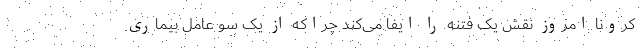
کرونا امروز نقش یک فتنه را ایفا می‌کند چراکه از یک سو عامل بیماری